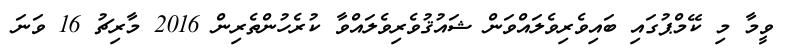
ވީމާ މި ކޭމްޕުގައި ބައިވެރިވެލައްވަން ޝައުޤުވެރިވެލައްވާ ކުރެހުންތެރިން 2016 މާރިޗު 16 ވަނަ